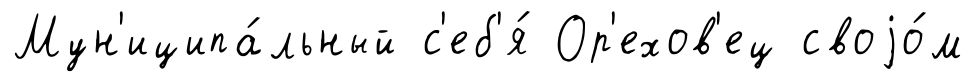
Мун'иципа́льный с'еб'я́ Ор'ехов'ец своjо́м